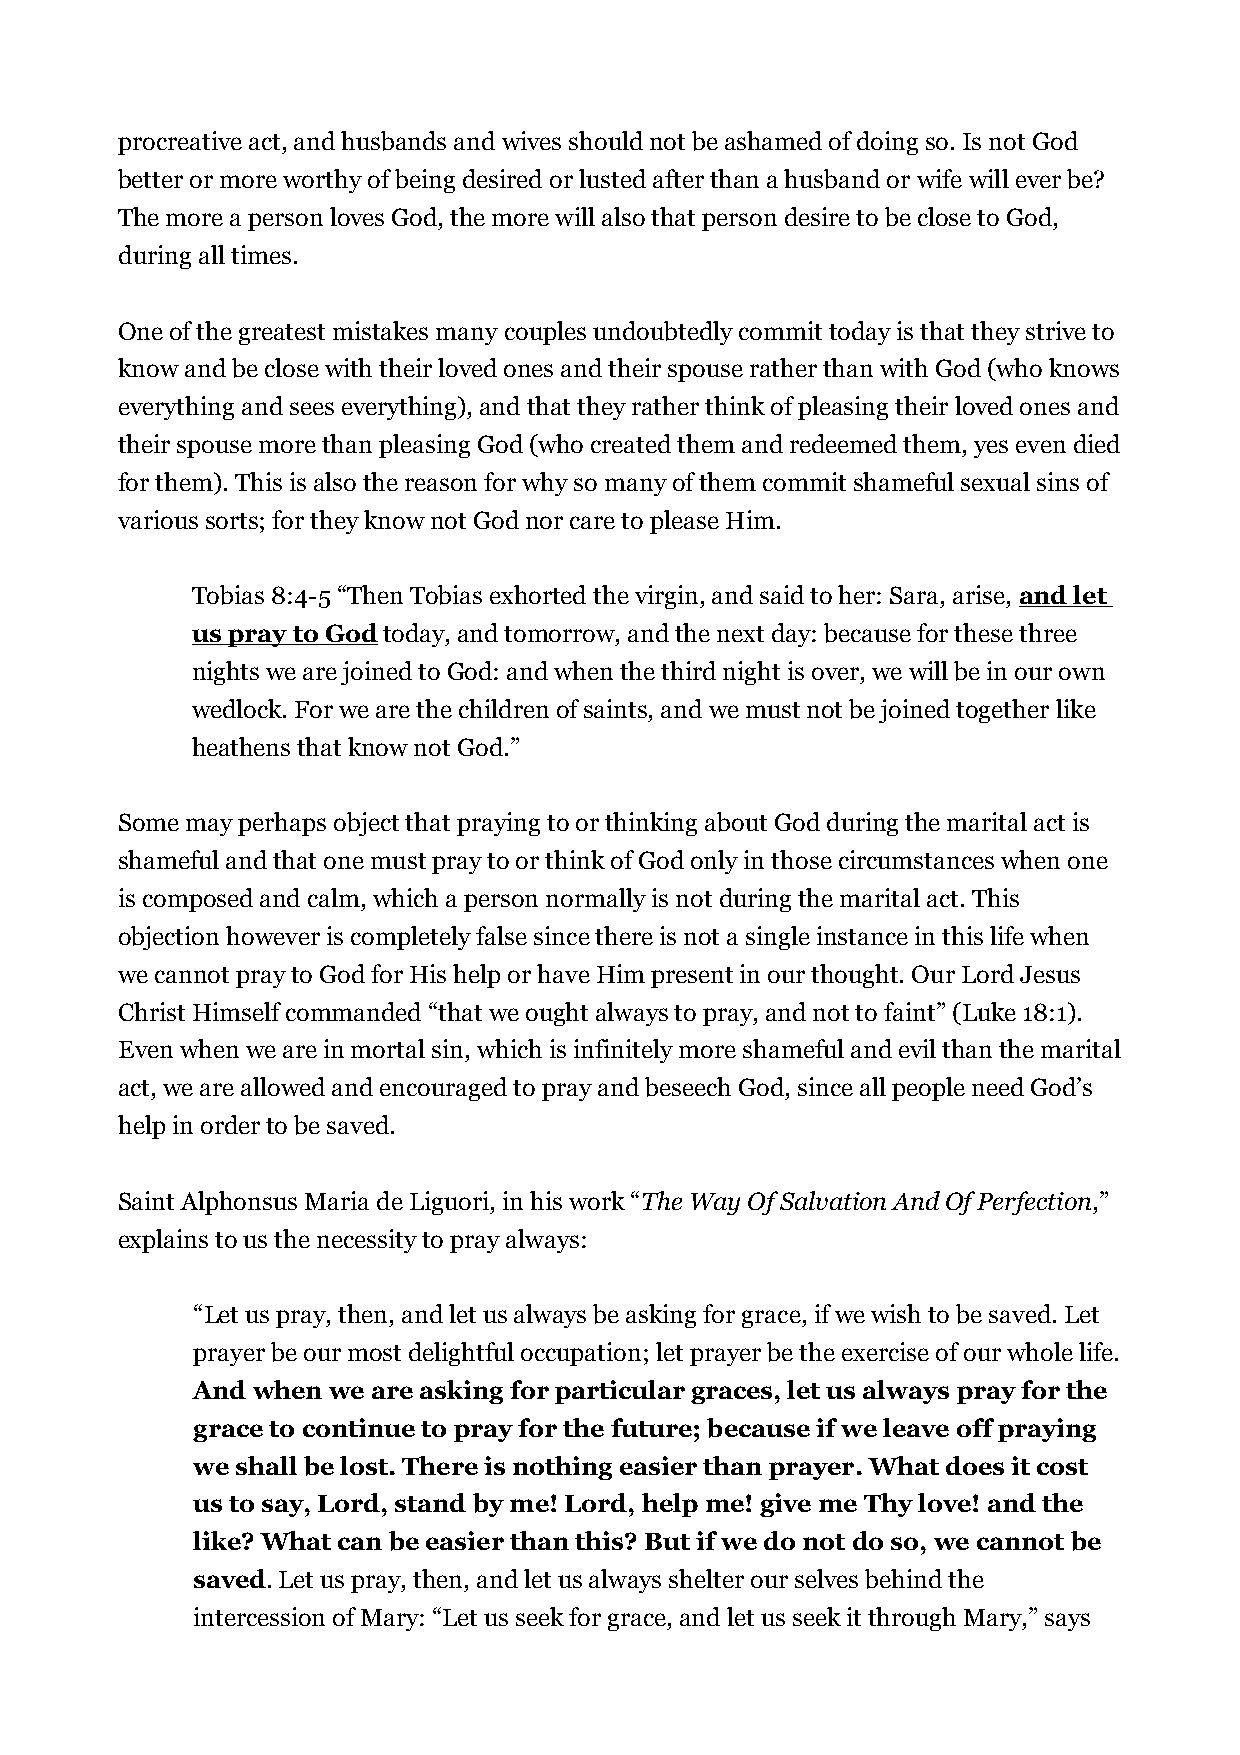
procreative act, and husbands and wives should not be ashamed of doing so. Is not God
 better or more worthy of being desired or lusted after than a husband or wife will ever be?
 The more a person loves God, the more will also that person desire to be close to God,
 during all times.
 One of the greatest mistakes many couples undoubtedly commit today is that they strive to
 know and be close with their loved ones and their spouse rather than with God (who knows
 everything and sees everything), and that they rather think of pleasing their loved ones and
 their spouse more than pleasing God (who created them and redeemed them, yes even died
 for them). This is also the reason for why so many of them commit shameful sexual sins of
 various sorts; for they know not God nor care to please Him.
 Tobias 8:4-5 “Then Tobias exhorted the virgin, and said to her: Sara, arise, and let
 us pray to God today, and tomorrow, and the next day: because for these three
 nights we are joined to God: and when the third night is over, we will be in our own
 wedlock. For we are the children of saints, and we must not be joined together like
 heathens that know not God.”
 Some may perhaps object that praying to or thinking about God during the marital act is
 shameful and that one must pray to or think of God only in those circumstances when one
 is composed and calm, which a person normally is not during the marital act. This
 objection however is completely false since there is not a single instance in this life when
 we cannot pray to God for His help or have Him present in our thought. Our Lord Jesus
 Christ Himself commanded “that we ought always to pray, and not to faint” (Luke 18:1).
 Even when we are in mortal sin, which is infinitely more shameful and evil than the marital
 act, we are allowed and encouraged to pray and beseech God, since all people need God’s
 help in order to be saved.
 Saint Alphonsus Maria de Liguori, in his work “The Way Of Salvation And Of Perfection,”
 explains to us the necessity to pray always:
 “Let us pray, then, and let us always be asking for grace, if we wish to be saved. Let
 prayer be our most delightful occupation; let prayer be the exercise of our whole life.
 And when we are asking for particular graces, let us always pray for the
 grace to continue to pray for the future; because if we leave off praying
 we shall be lost. There is nothing easier than prayer. What does it cost
 us to say, Lord, stand by me! Lord, help me! give me Thy love! and the
 like? What can be easier than this? But if we do not do so, we cannot be
 saved. Let us pray, then, and let us always shelter our selves behind the
 intercession of Mary: “Let us seek for grace, and let us seek it through Mary,” says